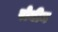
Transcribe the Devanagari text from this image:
रोबीन